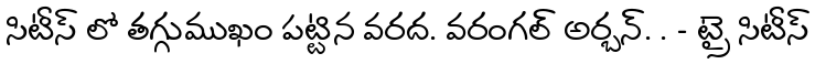
సిటీస్ లో తగ్గుముఖం పట్టిన వరద. వరంగల్ అర్బన్. . - ట్రై సిటీస్